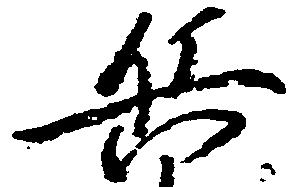
兵